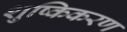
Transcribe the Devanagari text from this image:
शुष्किकरण